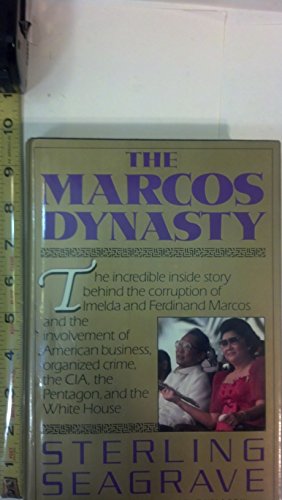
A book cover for Marcos Dynasty; Sterling Seagrave; History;